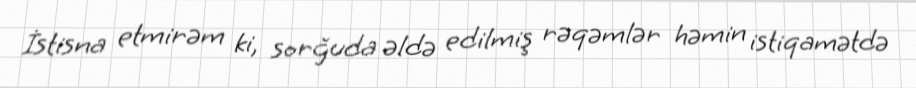
İstisna etmirəm ki, sorğuda əldə edilmiş rəqəmlər həmin istiqamətdə